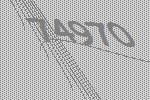
74970